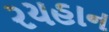
રયહાન